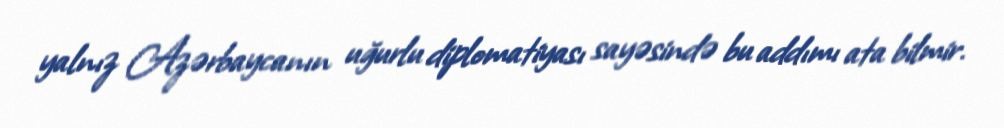
yalnız Azərbaycanın uğurlu diplomatiyası sayəsində bu addımı ata bilmir.